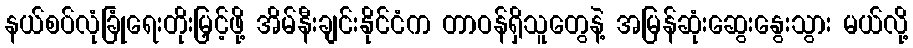
နယ်စပ်လုံခြုံရေးတိုးမြှင့်ဖို့ အိမ်နီးချင်းနိုင်ငံက တာဝန်ရှိသူတွေနဲ့ အမြန်ဆုံးဆွေးနွေးသွား မယ်လို့